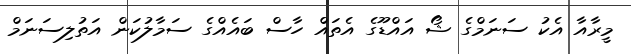
މީރާއާ އެކު ސަނަމްގެ ޝޯ އައްޑޫގެ އެތައް ހާސް ބައެއްގެ ސަމާލުކަން އަތުލިސަނަމް